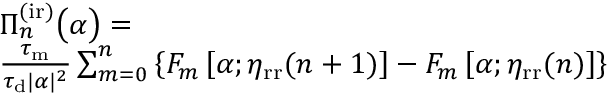
\begin{array} { r l } & { \Pi _ { n } ^ { \mathrm { ( i r ) } } \big ( \alpha \big ) = } \\ & { \frac { \tau _ { \mathrm { m } } } { \tau _ { \mathrm { d } } | \alpha | ^ { 2 } } \sum _ { m = 0 } ^ { n } \left\{ F _ { m } \left[ \alpha ; \eta _ { \mathrm { r r } } ( n + 1 ) \right] - F _ { m } \left[ \alpha ; \eta _ { \mathrm { r r } } ( n ) \right] \right\} } \end{array}